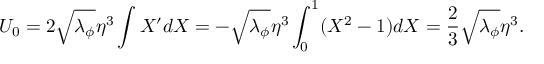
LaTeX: U _ { 0 } = 2 \sqrt { \lambda _ { \phi } } \eta ^ { 3 } \int X ^ { \prime } d X = - \sqrt { \lambda _ { \phi } } \eta ^ { 3 } \int _ { 0 } ^ { 1 } ( X ^ { 2 } - 1 ) d X = { \frac { 2 } { 3 } } \sqrt { \lambda _ { \phi } } \eta ^ { 3 } .